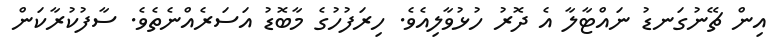
އިން ޗޭނުގަނޑު ނައްޓާލާ އެ ދޮރު ހުޅުވާލިއެވެ. ހިރަފުހުގެ މާބޮޑު އަސަރެއްނެތެވެ. ސާފުކުރާކަން